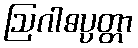
ဩဂါဓပ္ပတ္တာ